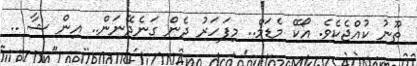
ތޫނު ކުއްޖެކެވެ. އޯކޭ މެޑަމް.. މިފަހަރު ދެން ގަނެދޭނަން.. އިން ޝާ ..